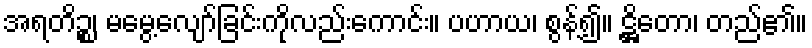
အရတိဉ္စ၊ မမွေ့လျော်ခြင်းကိုလည်းကောင်း။ ပဟာယ၊ စွန့်၍။ ဋ္ဌိတော၊ တည်၏။